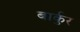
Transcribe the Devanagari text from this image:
बार्कुर